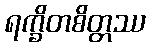
ရက္ခိတစိတ္တဿ